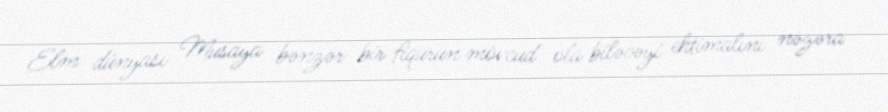
Elm dünyası Musaya bənzər bir fiqurun mövcud ola biləcəyi ehtimalını nəzəra